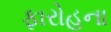
ફારોહના